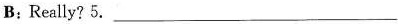
B;Really? 5. ___